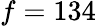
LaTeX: f=134